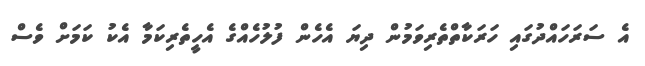
އެ ސަރަހައްދުގައި ހަރަކާތްތެރިވަމުން ދިޔަ އެހެން ފުލުހެއްގެ އެހީތެރިކަމާ އެކު ކަމަށް ވެސް